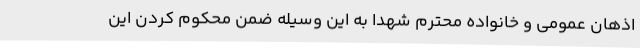
اذهان عمومی و خانواده محترم شهدا به این وسیله ضمن محکوم کردن این